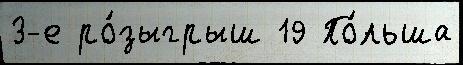
3-е ро́зыгрыш 19 По́льша